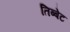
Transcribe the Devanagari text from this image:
तिब्बेट